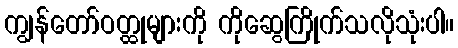
ကျွန်တော်ဝတ္ထုများကို ကိုဆွေကြိုက်သလိုသုံးပါ။